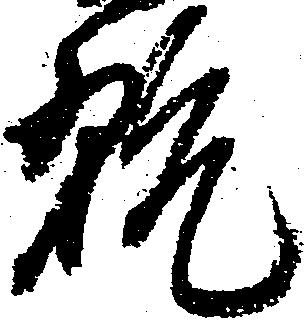
翫